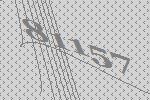
81157